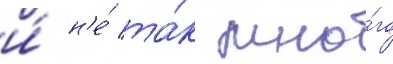
и́ н'е́ та́к мно́го